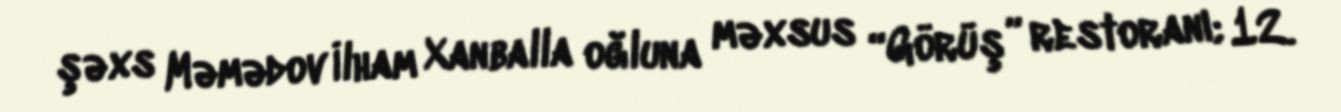
şəxs Məmədov İlham Xanballa oğluna məxsus “Görüş” restoranı; 12.